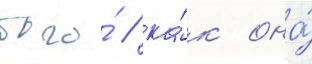
того́ / ка́к она́